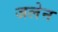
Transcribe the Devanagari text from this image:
जलेन